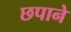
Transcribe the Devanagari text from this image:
छपाने